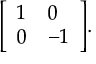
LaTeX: { \left[ \begin{array} { l l } { 1 } & { 0 } \\ { 0 } & { - 1 } \end{array} \right] } .